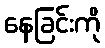
နေခြင်းကို